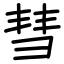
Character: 彗